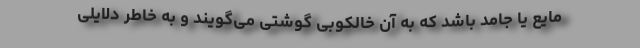
مایع یا جامد باشد که به آن خالکوبی گوشتی می‌گویند و به خاطر دلایلی